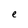
Character: e